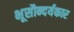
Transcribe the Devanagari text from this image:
भूसौन्दर्यकार